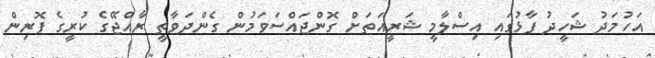
އަހުމަދު ޝަހީދު ފާޅުގައި އިސްލާމީ ޝަރީއަތަށް ގޮންޖައްސަވަމުން ގެންދަވާތީ ރާއްޖޭގެ ކުރީގެ ފޮރިން